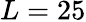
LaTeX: L=25